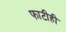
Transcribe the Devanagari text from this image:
फाटीही